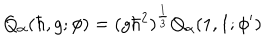
Q _ { \alpha } ( \hbar , g ; \phi ) = ( g \hbar ^ { 2 } ) ^ { \frac { 1 } { 3 } } Q _ { \alpha } ( 1 , 1 ; \phi ^ { \prime } )